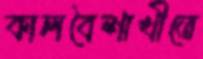
কালবৈশাখীতে